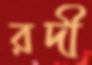
রদী